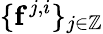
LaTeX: \{ \mathbf{f}^{j,i}\} _{j\in\mathbb{Z}}